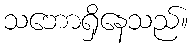
သဘောရှိနေသည်။